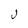
Character: J